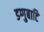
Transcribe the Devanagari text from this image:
डग्गुबाटि